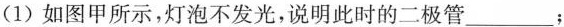
(1)如图甲所示，灯泡不发光，说明此时的二极管___；